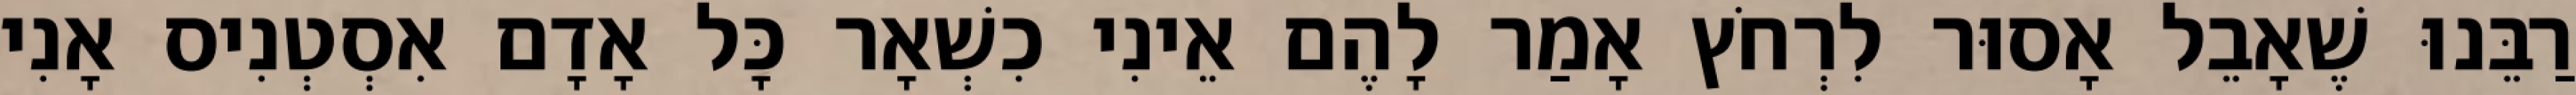
רַבֵּנוּ שֶׁאָבֵל אָסוּר לִרְחֹץ אָמַר לָהֶם אֵינִי כִשְׁאָר כָּל אָדָם אִסְטְנִיס אָנִי